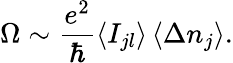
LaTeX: \Omega\sim\frac{e^{2}}{\hbar}\left\langle I_{jl}\right\rangle\left\langle\Delta n_{j}\right\rangle.